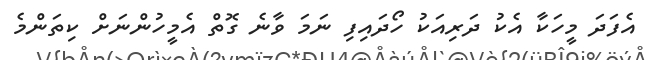
އެފަދަ މީހަކާ އެކު ދަރިއަކު ހޯދައިފި ނަމަ ވާނެ ގޮތް އެމީހުންނަށް ކިތަންމެ